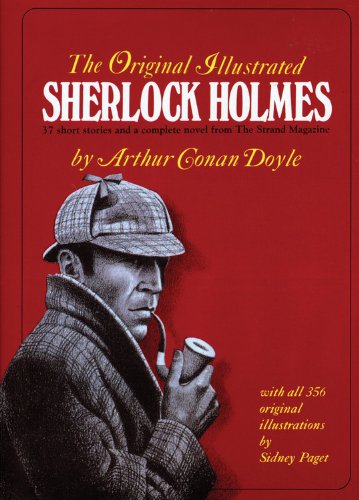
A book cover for The Original Illustrated Sherlock Holmes; Arthur Conan Doyle; Mystery, Thriller & Suspense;